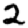
Digit: 2